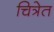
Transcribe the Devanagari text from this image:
चित्रेत